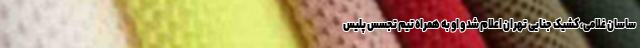
ساسان غلامی، کشیک جنایی تهران اعلام شد و او به همراه تیم تجسس پلیس